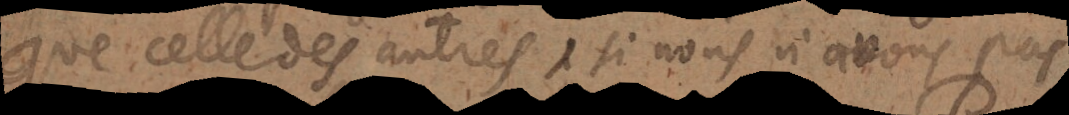
que celle des autres, si nous n’avons pas